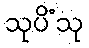
သုပိံသု